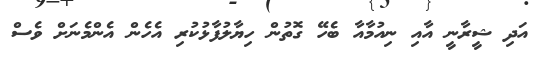
އަދި ޝީރާނީ އާއި ނިއުމާއާ ބެހޭ ގޮތުން ހިޔާލުފާޅުކުރި އެހެން އެންމެނަށް ވެސް